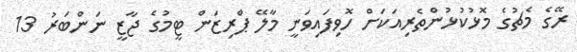
ރޭގެ މެޗުގެ މޮޅުކުޅުންތެރިއަކަށް ހޮވިފައިވަނީ މާލޭ ޕްރިޒަން ޓީމުގެ ޖާޒީ ނަންބަރު 13